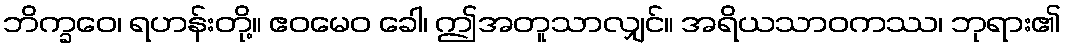
ဘိက္ခဝေ၊ ရဟန်းတို့။ ဧဝမေဝ ခေါ၊ ဤအတူသာလျှင်။ အရိယသာဝကဿ၊ ဘုရား၏